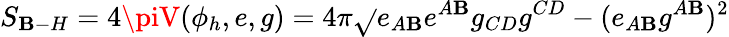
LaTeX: S_{\mathbf{B}-H}=4\piV(\phi_{h},e,g)=4\pi\sqrt{}{{e_{A\mathbf{B}}e^{A\mathbf{B}}g_{CD}g^{CD}-(e_{A\mathbf{B}}g^{A\mathbf{B}})^{2}}}